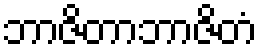
ဘာဇိတာဘာဇိတံ